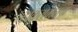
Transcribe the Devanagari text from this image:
ठाकुराबद्दलचा